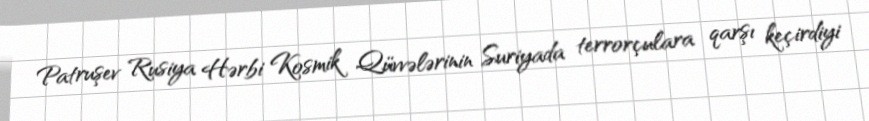
Patruşev Rusiya Hərbi Kosmik Qüvvələrinin Suriyada terrorçulara qarşı keçirdiyi